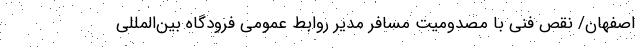
اصفهان/ نقص فنی با مصدومیت مسافر مدیر روابط عمومی فرودگاه بین‌المللی